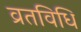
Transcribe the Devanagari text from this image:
व्रतविधि